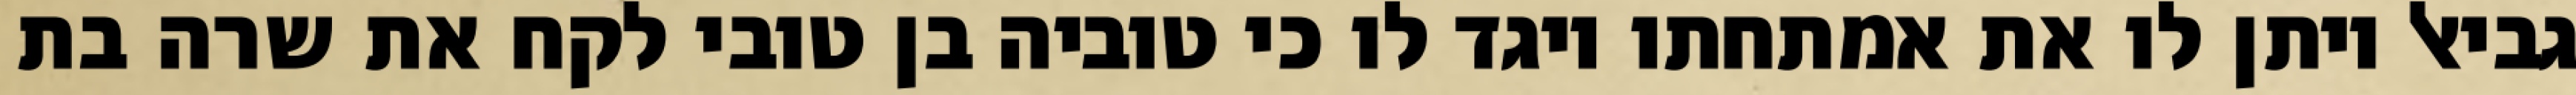
גביאל ויתן לו את אמתחתו ויגד לו כי טוביה בן טובי לקח את שרה בת